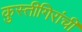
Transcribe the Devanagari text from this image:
कुस्तीगिरांची